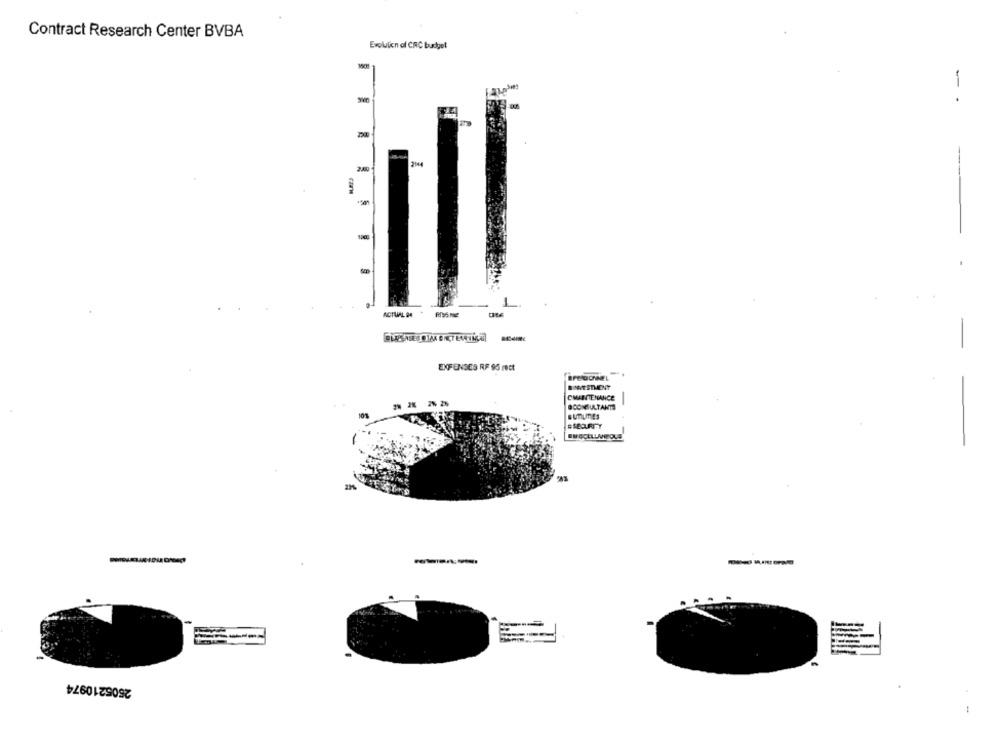
Contract Research Center BVBA
Evolution of CRC budget
1
214
200
ACTUAL 24
EXPENSES RF 95 rect
BINVESTMENT
CMAINTENANCE
OCONSULTANTS
sunumEs
2505210974